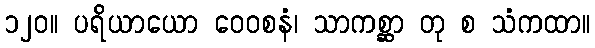
၁၂၀။ ပရိယာယော ဝေဝစနံ၊ သာကစ္ဆာ တု စ သံကထာ။